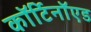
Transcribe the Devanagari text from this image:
कॉर्टिनॉएड